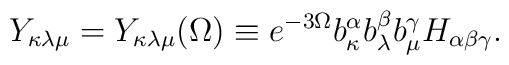
Y_{\kappa \lambda \mu }=Y_{\kappa \lambda \mu }(\Omega )\equiv e^{-3\Omega}b_\kappa ^\alpha b_\lambda ^\beta b_\mu ^\gamma H_{\alpha \beta \gamma }.